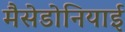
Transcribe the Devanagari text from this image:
मैसेडोनियाई